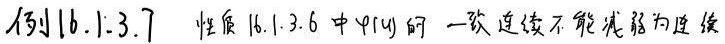
例16.1.3.7  性质16.1.3.6中$\varphi(y)$的一致连续不能减弱为连续